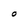
Character: O